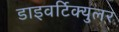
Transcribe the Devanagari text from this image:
डाइवर्टिक्युलर